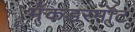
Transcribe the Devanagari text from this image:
मॅकडरमॉट